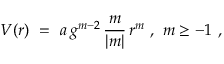
V ( r ) \ = \ a \, g ^ { m - 2 } \, \frac { m } { | m | } \, r ^ { m } \ , \ m \geq - 1 \ ,